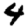
Digit: 4